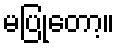
မပြုတော့။